Lunatic asylums Madras 1892-1911 - 1892-1911
Year: 1892
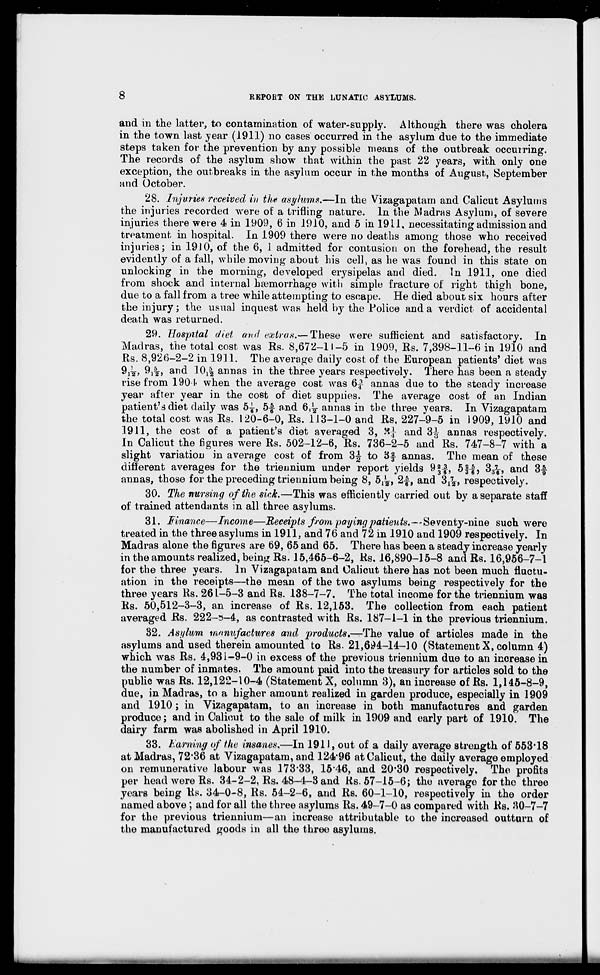
8
REPORT ON THE LUNATIC ASYLUMS.
and in the latter, to contamination of water-supply. Although there was cholera
in the town last year (1911) no cases occurred in the asylum due to the immediate
steps taken for the prevention by any possible means of the outbreak occurring.
The records of the asylum show that within the past 22 years, with only one
exception, the outbreaks in the asylum occur in the months of August. September
and October.
28. Injuries received in the asylums.—In the Vizagapatam and Calicut Asylums
the injuries recorded were of a trifling nature. In the Madras Asylum, of severe
injuries there were 4 in 1909, 6 in 1910, and 5 in 19 LI, necessitating admission and
treatment in hospital. In 1909 there were no deaths among those who received
injuries; in 19JO, of the 6, 1 admitted for contusion on the forehead, the result
evidently of a fall, while moving about his cell, as he was found in this state on
unlocking in the morning, developed erysipelas and died. In 1911, one died
from shock and internal haemorrhage with simple fracture of right thigh bone,
due to a- fall from a tree while attempting to escape. He died about six hours after
the injury; the usual inquest was held by the Police and a verdict of accidental
death was returned.
29. Hospital diet and extras.— These were sufficient and satisfactory. In
Madras, the total cost was Rs. 8,672-11-5 in 1909, Rs. 7,398-11-6 in 1910 and
Rs. 8,926-2-2 in 1911. The average daily cost of the European patients' diet was
9^2, 9,^, and 10j| annas in the three years respectively. There has been a steady
rise from 190 1< when the average cost was 6£ annas due to the steady increase
year after year in the cost of diet supplies. The average cost of an Indian
patient's diet daily was 5-J-, 5-f and 6^ annas in the three years. In Vizagapatam
the total cost was Rs. 120-6-0, Rs. 113-1-0 and Rs, 227-9-5 in 1909, 1910 and
1911, the cost of a patient's diet averaged 3, H] and 3v } annas respectively.
In Calicut the figures were Rs. 502-12-6, Rs. 736-2-5 and" Rs. 747-8-7 with a
slight variation in average cost of from 3^ to 3f annas. The mean of these
different averages for the trieunium under report yields 9| 3 6»
ft 2.5
3&, and 3|
annas, those for the preceding triennium being 8, 5^, 2-f-, and 3^, respectively.
30. The nursing of the sick.—This was efficiently carried out by a separate staff
of trained attendants in all three asylums.
31. Finance—Income—Receipts from paying patients.—Seventy-nine such were
treated in the three asylums in 1911, and 76 and 72 in 1910 and 1909 respectively. In
Madras alone the figures are 69, 65 and 65. There has been a steady increase yearly
in the amounts realized, being Rs. 15,465-6-2, Rs. 16,890-15-8 and Rs. 16,956-7-1
for the three years. In Vizagapatam and Calicut there has not been much fluctu-
ation in the receipts—the mean of the two asylums being respectively for the
three years Rs. 261-5-3 and Rs. 138-7-7. The total income for the triennium was
Rs. 50,512-3-3, an increase of Rs. 12,153. The collection from each patient
averaged Rs. 222-3-4, as contrasted with Rs. 187-1-1 in the previous triennium.
32. Asylum manufactures and; products,—The value of articles made in the
asylums and used therein amounted to Rs. 21,6^4-14-10 (Statement X, column 4)
which was Rs. 4,931-9-0 in excess of the previous triennium due to an increase in
the number of inmates. The amount paid into the treasury for articles sold to the
public was Rs. 12,122-10-4 (Statement X, column 3), an increase of Rs. 1,145-8-9,
due, in Madras, to a higher amount realized in garden produce, especially in 1909
and 1910; in Vizagapatam, to an increase in both manufactures and garden
produce; and in Calicut to the sale of milk in 1909 and early part of 1910. The
dairy farm was abolished in April 1910.
33. Haming of the insanes,—In 1911, out of a daily average strength of 553*18
at Madras, 72*36 at Vizagapatam, and 124*96 at Calicut, the daily average employed
on remunerative labour was 173*33, 15'46, and 20*30 respectively. The profits
per head were Rs. 34-2-2, Rs. 48-4-3 and Rs. 57-15-6; the average for the three
years being Rs. 34-0-8, Rs. 54-2-6, and Rs. 60-1-10, respectively in the order
named above ; and for all the three asylums Rs. 49-7-0 as compared with Rs. 30-7-7
for the previous triennium—an increase attributable to the increased outturn of
the manufactured goods in all the three asylums.